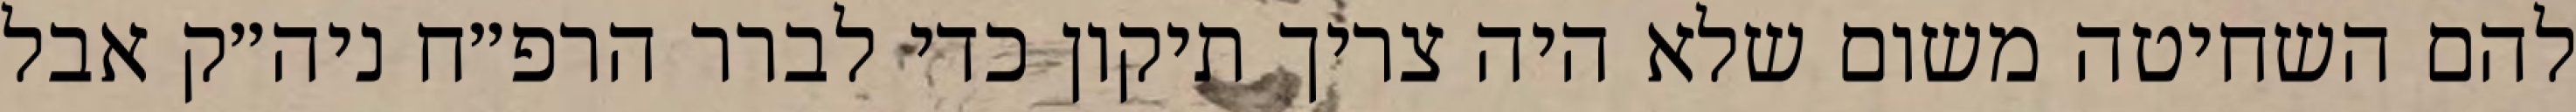
להם השחיטה משום שלא היה צריך תיקון כדי לברר הרפ״ח ניה״ק אבל